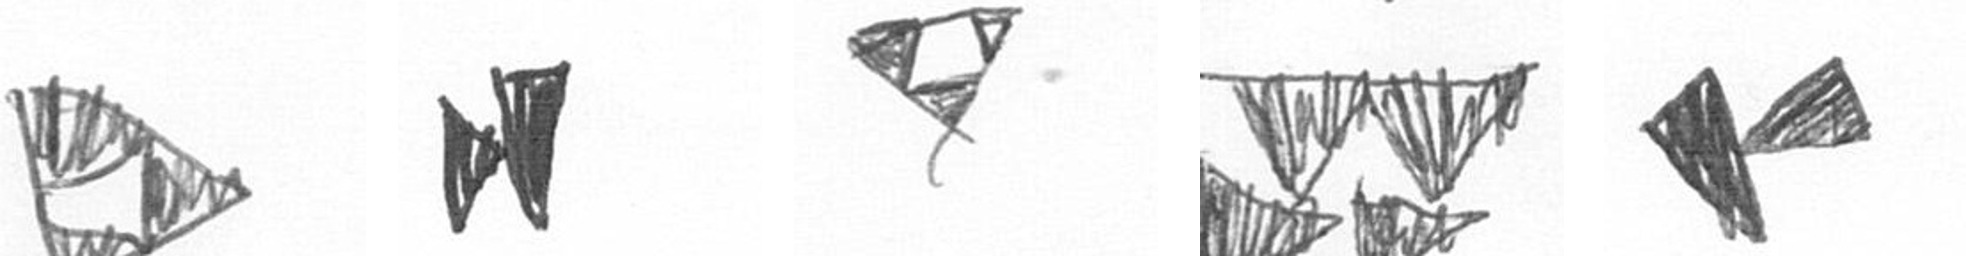
K M S B F